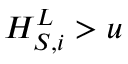
H _ { S , i } ^ { L } > u